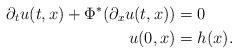
LaTeX: \begin{align*} \partial_t u(t,x) +\Phi^*(\partial_x u(t,x)) & = 0 \\ u(0,x) & =h(x).\end{align*}